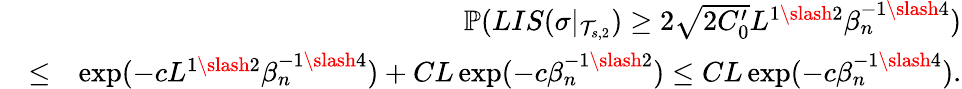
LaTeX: \begin{array}{rlr}&{}&{\mathbb{P}(LIS(\sigma|_{\mathcal{T}_{s,2}})\geq 2\sqrt{2C_{0}^{\prime}}L^{1\slash 2}\beta_{n}^{-1\slash 4})}\\ &{\leq}&{\exp(-cL^{1\slash 2}\beta_{n}^{-1\slash 4})+CL\exp(-c\beta_{n}^{-1\slash 2})\leq CL\exp(-c\beta_{n}^{-1\slash 4}).}\end{array}